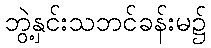
ဘွဲ့နှင်းသဘင်ခန်းမ၌